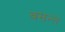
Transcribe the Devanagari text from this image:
वसन्ते